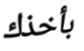
بأخذك